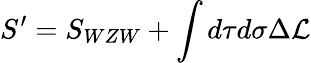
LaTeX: S^{\prime}=S_{WZW}+\int d\tau d\sigma\Delta{\cal L}